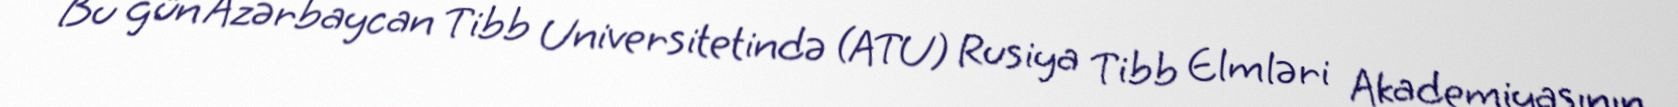
Bu gün Azərbaycan Tibb Universitetində (ATU) Rusiya Tibb Elmləri Akademiyasının